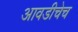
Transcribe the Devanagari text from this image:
आवडीचेच